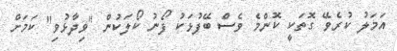
އަމަލު ކުރެވޭ ގޮތަކީ ކޮންމެ ވެސް ބޭފުޅަކު ފޯނު ކޯލަކުން "ވިދާޅުވި" ކަމަށް